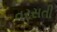
વરસતી